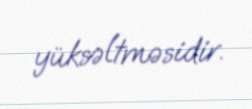
yüksəltməsidir.